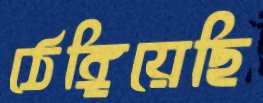
ঠেঙ্গিয়েছি